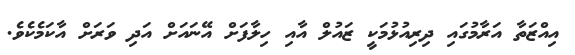
އިއްޒަތާ އަރާމުގައި ދިރިއުޅުމަކީ ޒައުލް އާއި ހިލާފަށް އޭނައަށް އަދި ވަރަށް އާކަމެކެވެ.